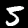
Digit: 5